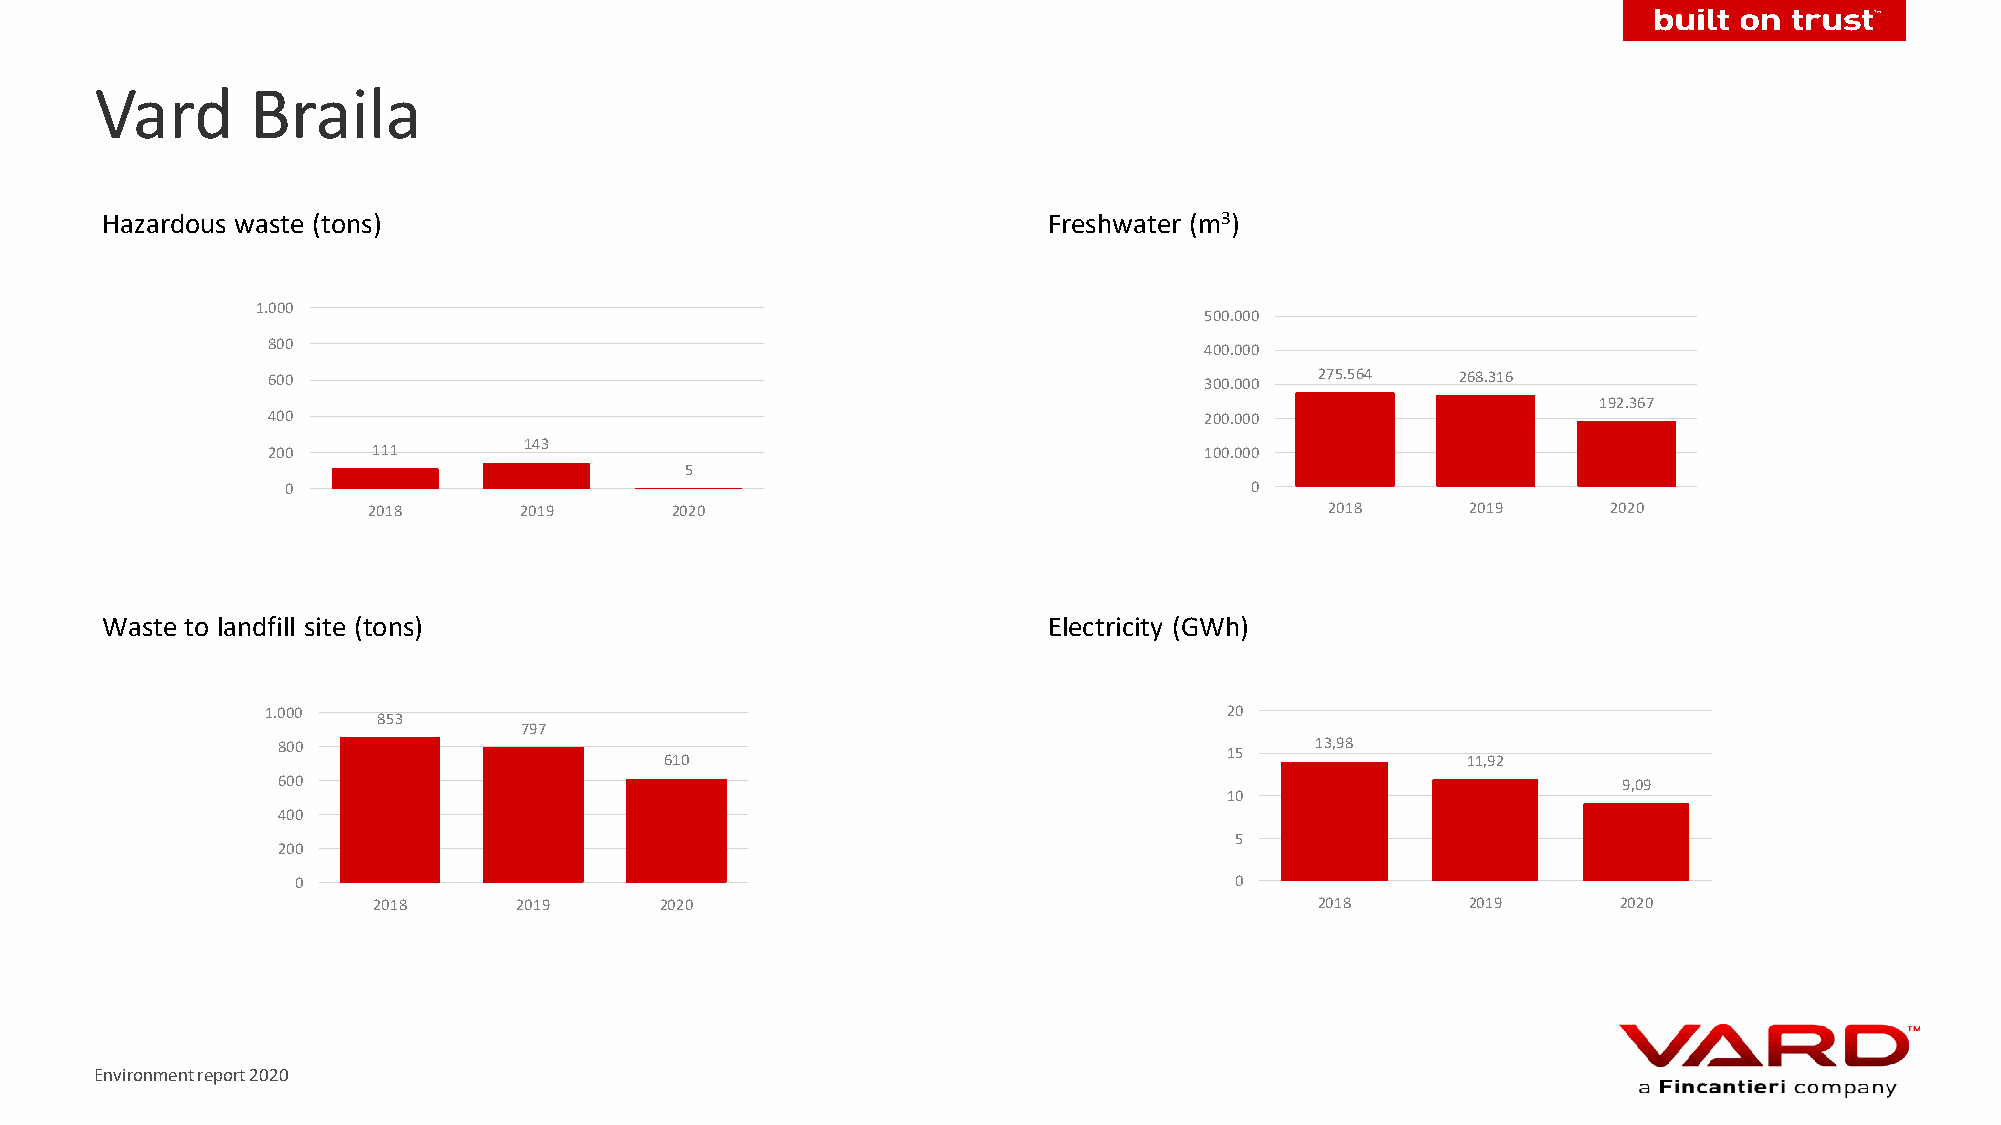
Vard       Braila
 Hazardous waste (tons)                                        Freshwater (m3)
 1.000
 500.000
 800
 400.000
 600                                                           300.000 275.564  268.316
 192.367
 400                                                           200.000
 200    111       143                                          100.000
 5
 0                                                               0
 2018      2019      2020                                        2018     2019      2020
 Waste to landfill site (tons)                                 Electricity (GWh)
 1.000                                                          20
 853
 797
 800                                                                  13,98
 15
 610                                                  11,92
 600                                                                                      9,09
 10
 400
 5
 200
 0                                                              0
 2018     2019      2020                                       2018      2019      2020
 Environment report 2020